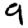
Digit: 9